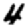
Digit: 4